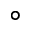
^ \circ